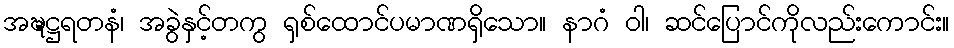
အဍ္ဎဋ္ဌရတနံ၊ အခွဲနှင့်တကွ ရှစ်ထောင်ပမာဏရှိသော။ နာဂံ ဝါ၊ ဆင်ပြောင်ကိုလည်းကောင်း။